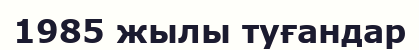
1985 жылы туғандар